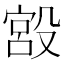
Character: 𣪯